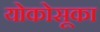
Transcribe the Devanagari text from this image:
योकोसूका